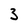
Character: 3